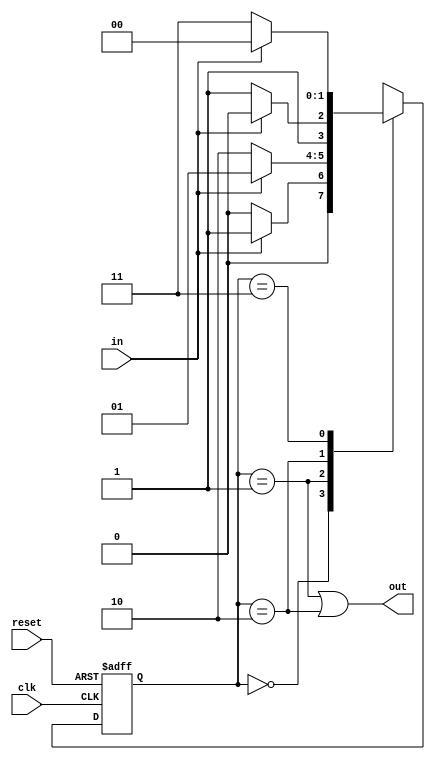
module SchmittTriggerBuffer (
    input wire clk,
    input wire reset,
    input wire in,
    output reg out
);

reg [1:0] state;

always @ (posedge clk or posedge reset) begin
    if (reset) begin
        state <= 2'b00;
    end else begin
        case(state)
            2'b00: begin // Low to High transition
                if (in == 1'b1) begin
                    state <= 2'b01;
                end else begin
                    state <= 2'b00;
                end
            end
            
            2'b01: begin
                if (in == 1'b0) begin
                    state <= 2'b10;
                end else begin
                    state <= 2'b01;
                end
            end
            
            2'b10: begin // High to Low transition
                if (in == 1'b0) begin
                    state <= 2'b11;
                end else begin
                    state <= 2'b10;
                end
            end
            
            2'b11: begin
                if (in == 1'b1) begin
                    state <= 2'b00;
                end else begin
                    state <= 2'b11;
                end
            end
        endcase
    end
end

assign out = (state == 2'b01 || state == 2'b10);
  
endmodule